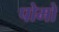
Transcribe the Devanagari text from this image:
पोमो